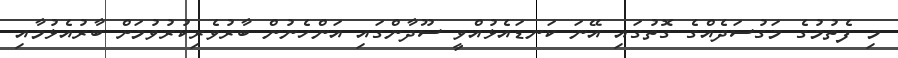
މި ފެތުމުގެ މަގުސަދެއްގެ ގޮތުގައި އޭނަ ކަނޑައެޅުއްވީ ސޫދާންގައި އަންހެނުން ބާރުވެރިކުރުވުމަށް ބާރުއެޅުމާއި